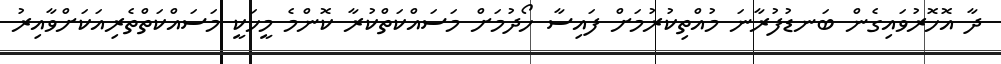
ދާ އޮހޮރުވައިގެން ބަނޑުފުރާނަ މުއްތިކުރުމަށް ފައިސާ ހޯދުމަށް މަސައްކަތްކުރާ ކޮންމެ މީހަކީ މަސައްކަތްތެރިއަކަށްވާއިރު